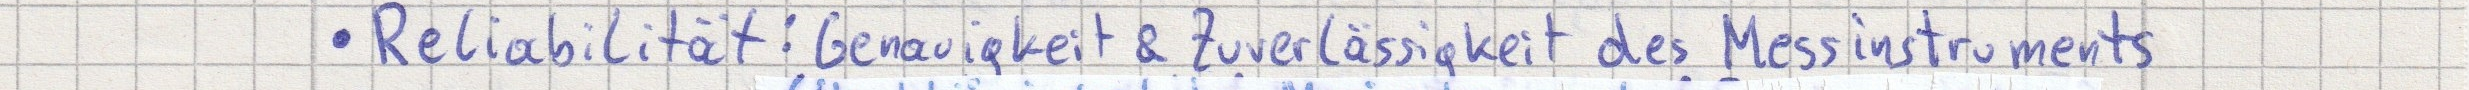
- Reliabilität: Genauigkeit & Zuverlässigkeit des Messinstruments